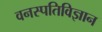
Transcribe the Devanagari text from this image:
वनस्‍पतिविज्ञान